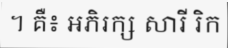
។ គឺ៖ អភិរក្ស សារី រិក